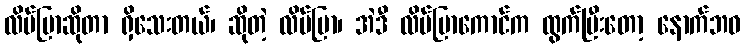
လိပ်ပြာဆိုတာ ရှိသေးတယ်၊ ဆိုတဲ့ လိပ်ပြာ၊ အဲဒီ လိပ်ပြာကောင်က ထွက်ပြီးတော့ နောက်ဘဝ